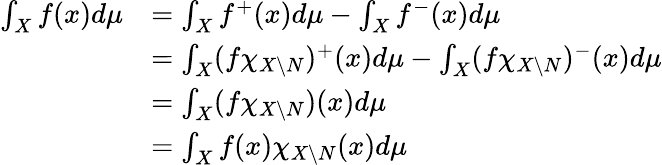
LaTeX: \begin{array}{rl}{\int_{X}f(x)d\mu}&{=\int_{X}f^{+}(x)d\mu-\int_{X}f^{-}(x)d\mu}\\ &{=\int_{X}(f\chi_{X\setminus N})^{+}(x)d\mu-\int_{X}(f\chi_{X\setminus N})^{-}(x)d\mu}\\ &{=\int_{X}(f\chi_{X\setminus N})(x)d\mu}\\ &{=\int_{X}f(x)\chi_{X\setminus N}(x)d\mu}\end{array}